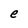
Character: e